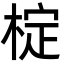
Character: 椗